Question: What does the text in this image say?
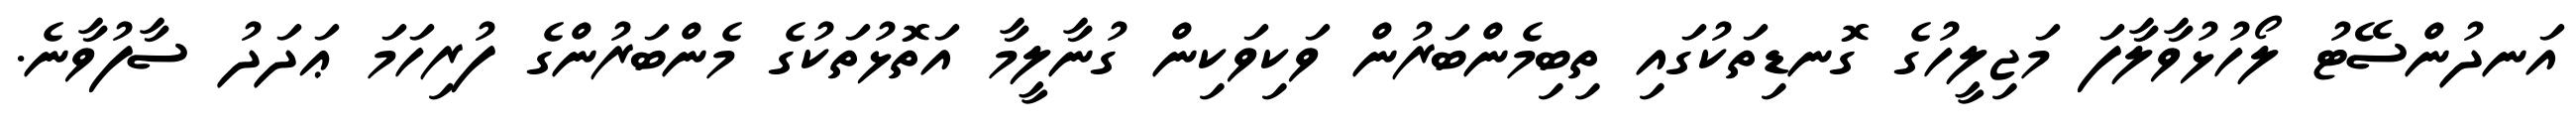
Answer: އަނދުންސޭޓު ލޯހުޅުވާލާފަ މަޖިލީހުގެ ގޮނޑިތަކުގައި ތިބިމެންބަރުން ވަކިވަކިން ގުނާލީމާ އަތޮޅުތަކުގެ މެންބަރުންގެ ފުރިހަމަ ޢަދަދު ސާފުވާނެ.